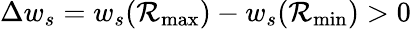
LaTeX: \Delta w_{s}=w_{s}(\mathcal{R}_{\textrm{max}})-w_{s}(\mathcal{R}_{\textrm{min}})>0